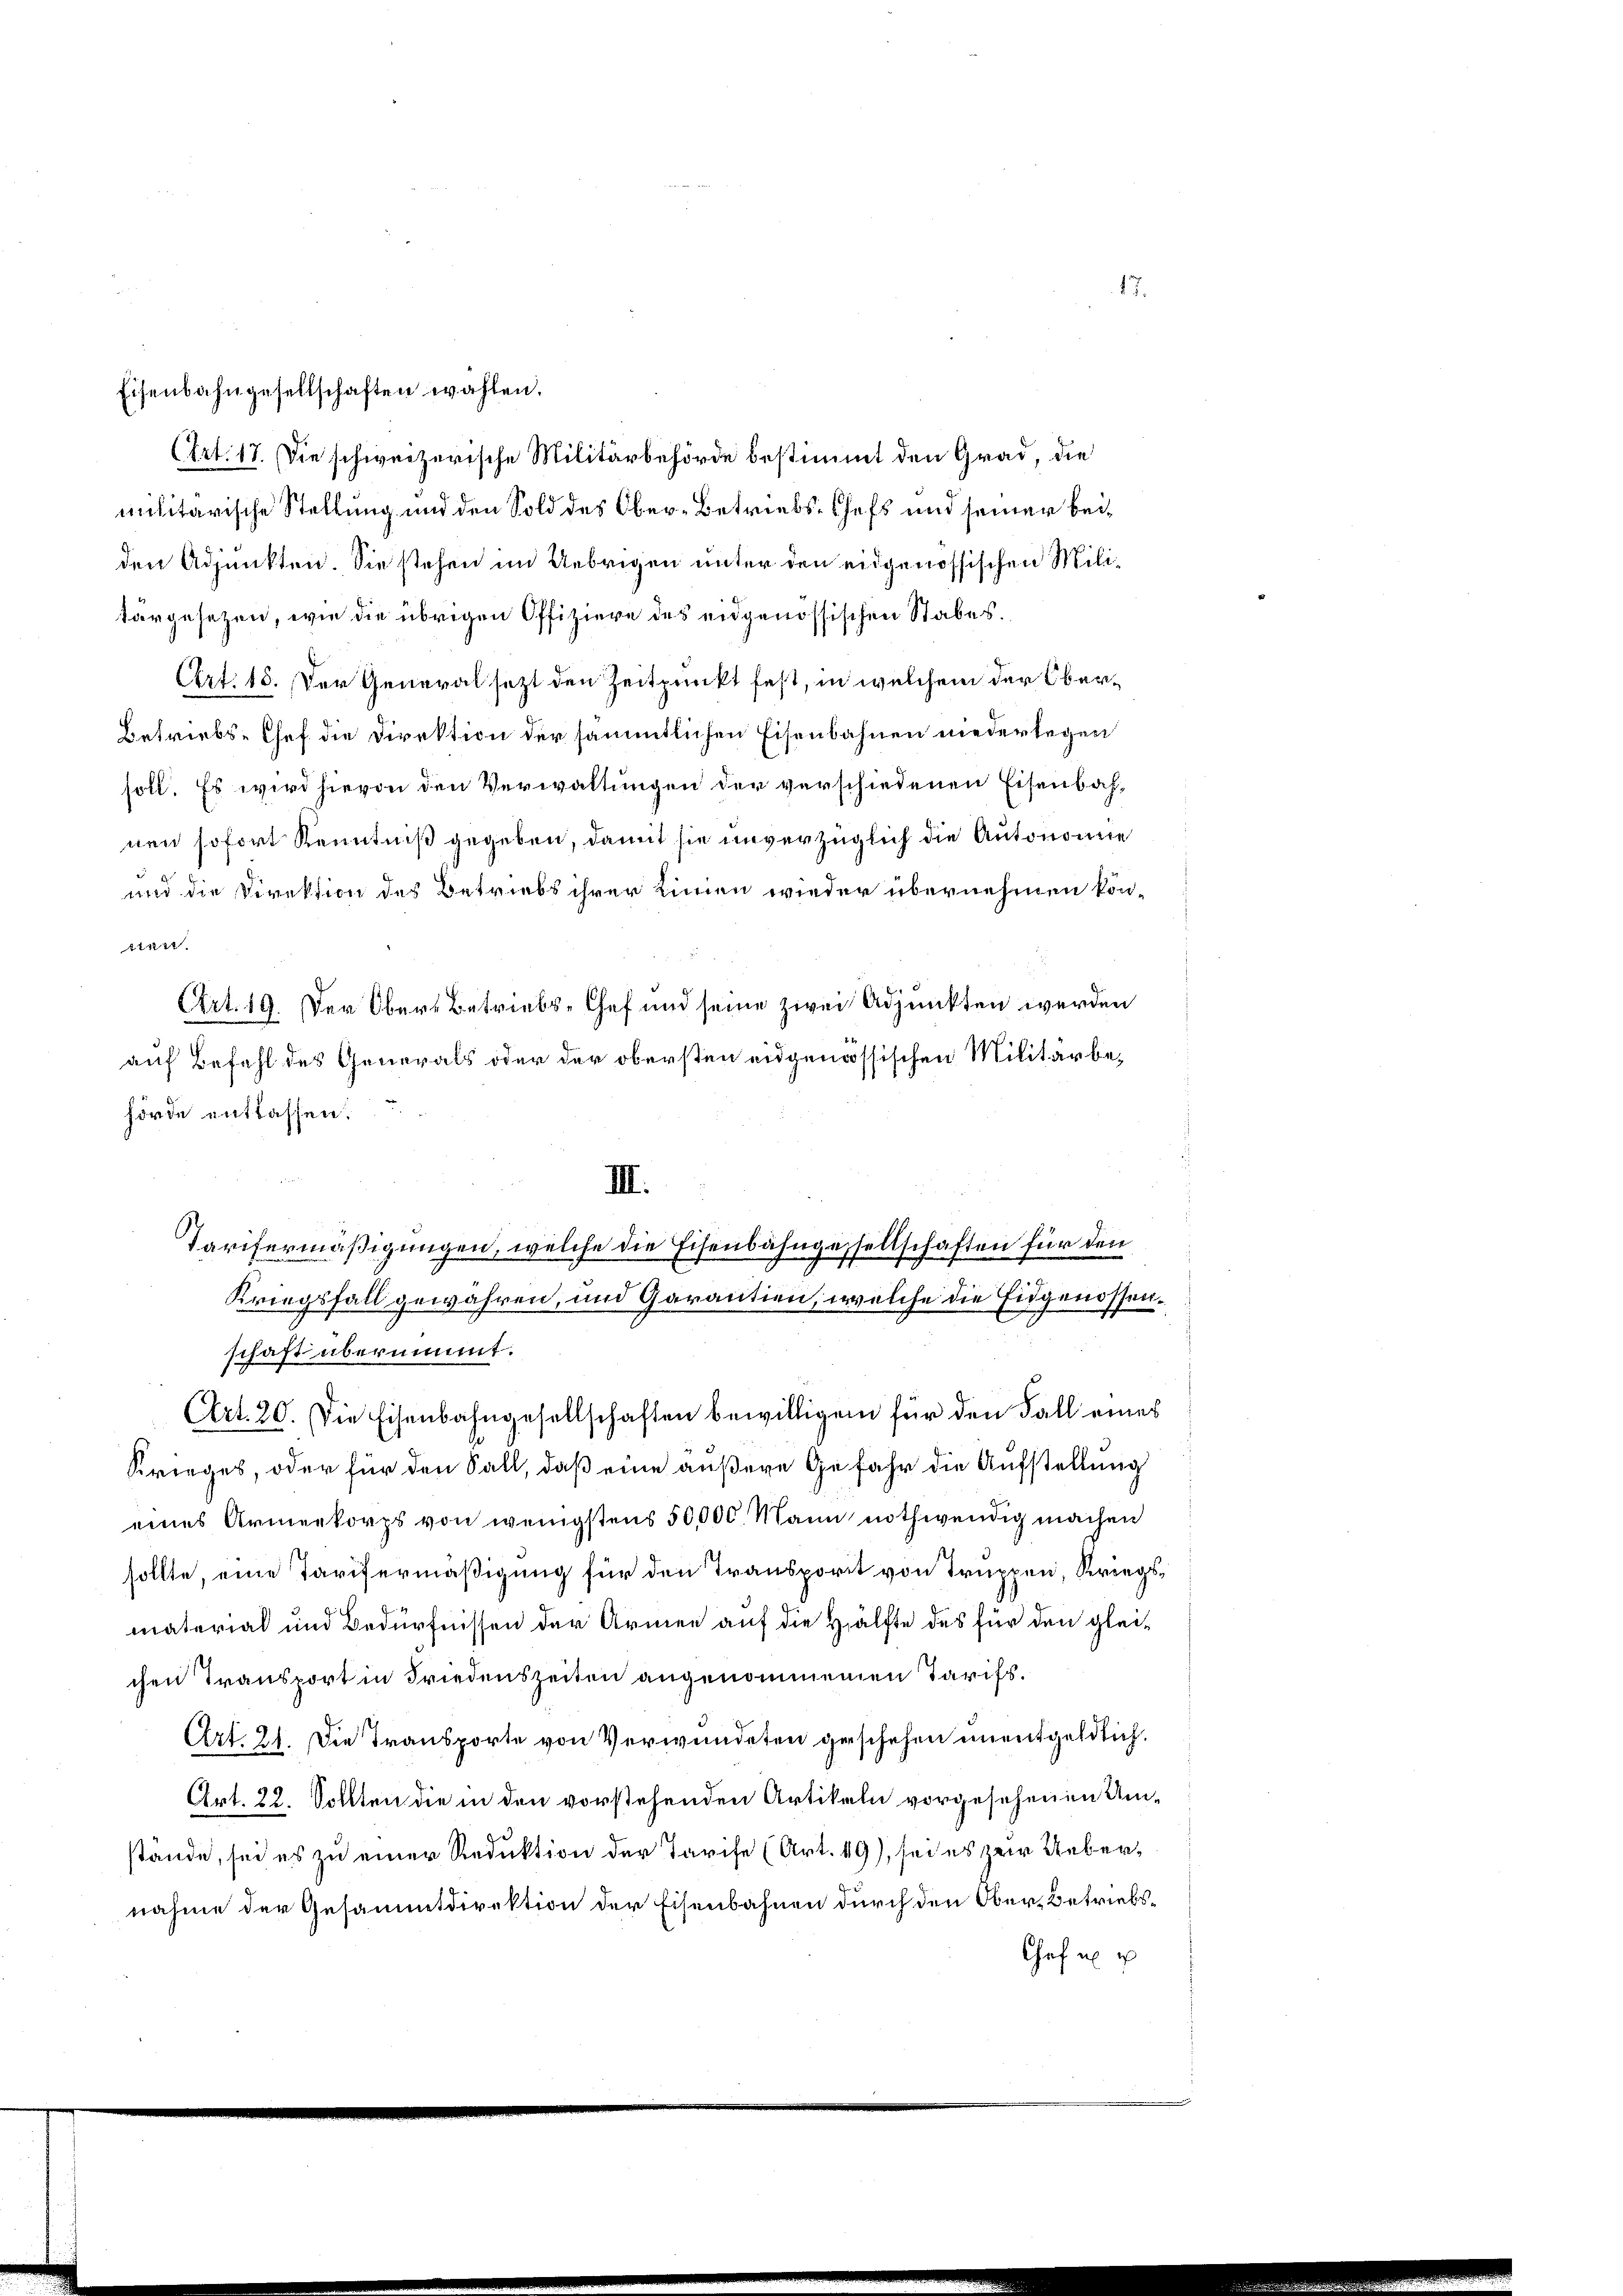
(Art. 17. Die schweizerische Militärbehörde bestimmt den Grad, die
militarische Stellung und den Sold des Ober-Betriebs-Chefs und seiner beiden Adjunkten. Sie stehen im Uebrigen unter den eidgenössischen Militargesetzen, wie die übrigen Offiziere des eidgenössischen Stabes.
Art. 15. Der General sezt den Zeitpunkt fest, in welchem der Ober¬
Betriebs-Chef die Direktion der sämmtlichen Eisenbahnen niederlegen
soll. Es wird hievon den Verwaltungen der verschiedenen Eisenbahnen sofort Kenntniß gegeben, damit sie unverzüglich die Autonomie

und die Direktion des Betriebs ihrer Linien wieder übernehmen könriser.
.
Art. 19. Der Obers Betriebs-Chef und seine zwei Adjunkten werden
auf Befehl des Generals oder der obersten eidgenössischen Militärbe¬

III.
Tarifermäßigungen, welche die Eisenbahngessellschaften für den
Kriegsfall gewähren, und Garantien, welche die Eidgenossenschaft übernimmt.
Art. 20. Die Eisenbahngesellschaften bewilligen für den Fall eines
Krieges, oder für den Fall, daß eine äußere Gefahr die Aufstellung
eines Armenkorps von wenigstens 50,000. Mann nothwendig machen
sollte, eine Tarifermäßigung für den Transport von Truppen, Kriegsmaterial und Bedürfnissen der Armee auf die Hälfte des für den gleichen Transport in Friedenszeiten angenommenen Tarifs.
Art. 21. Die Transporte von Verwundeten geschehen unentgeldlich.
Art. 22. Sollten die in den vorstehenden Artikeln vorgesehenen Umstände, sei es zu einer Reduktion der Tarife (Art. 49), sei es zur Uebernahme der Gesammtdirektion der Eisenbahnen durch den Ober-Betriebs¬
Chef ei

Eisenbahngesellschaften wählen.

hörde entlassen.

17.